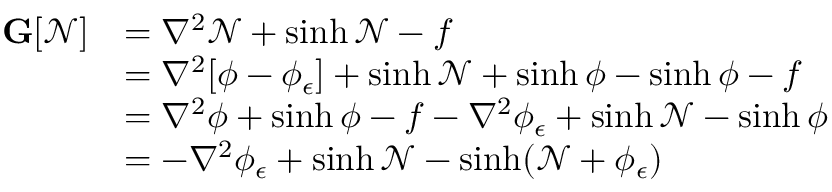
\begin{array} { r l } { \mathbf { G } [ \mathcal { N } ] } & { = \nabla ^ { 2 } \mathcal { N } + \sinh \mathcal { N } - f } \\ & { = \nabla ^ { 2 } [ \phi - \phi _ { \epsilon } ] + \sinh \mathcal { N } + \sinh \phi - \sinh \phi - f } \\ & { = \nabla ^ { 2 } \phi + \sinh \phi - f - \nabla ^ { 2 } \phi _ { \epsilon } + \sinh \mathcal { N } - \sinh \phi } \\ & { = - \nabla ^ { 2 } \phi _ { \epsilon } + \sinh \mathcal { N } - \sinh ( \mathcal { N } + \phi _ { \epsilon } ) } \end{array}